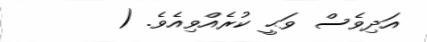
އަދިވެސް ވަޙީ ކުރެއްވިއެވެ. (